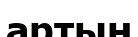
артын